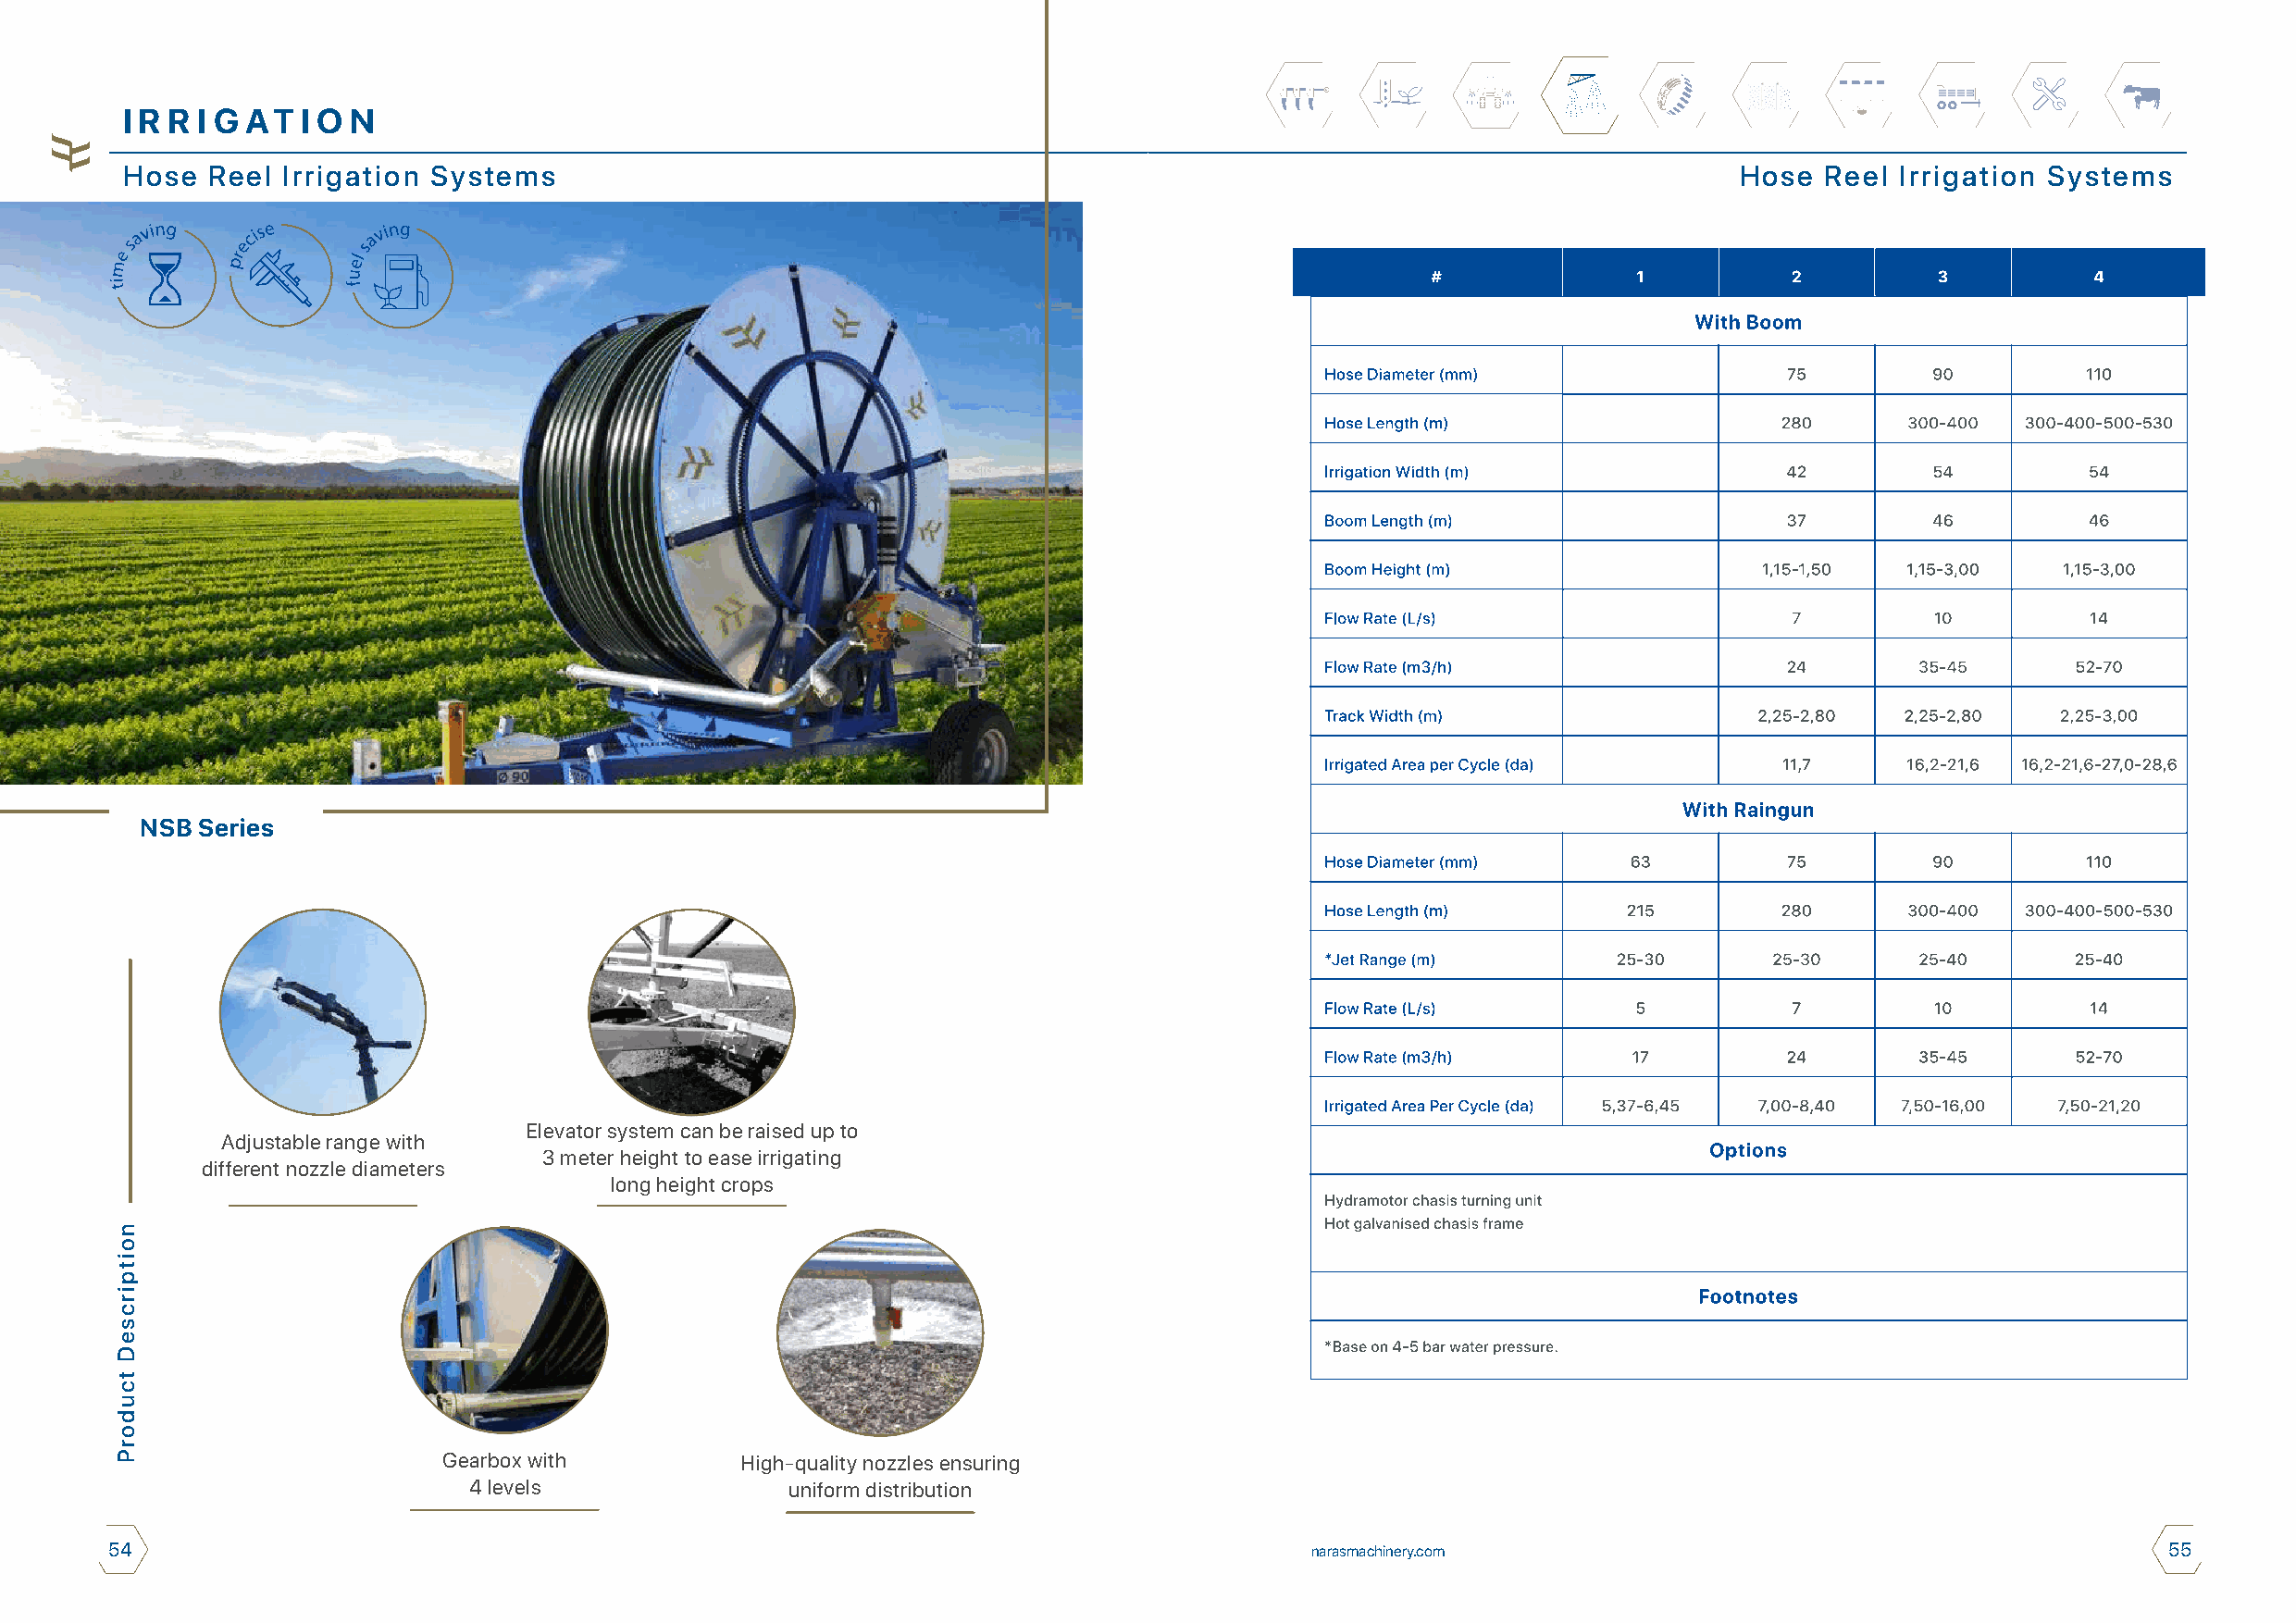
I R R I G AT I O N
 Hose  Reel Irrigation Systems                                                                                      Hose   Reel Irrigation Systems
 NSB Series
 Elevator system can be raised up to
 Adjustable range with
 3 meter height to ease irrigating
 different nozzle diameters
 long height crops
 Gearbox with         High-quality nozzles ensuring
 4 levels              uniform distribution
 54                                                                                    narasmachinery.com                                           55
 noitpircseD
 tcudorP